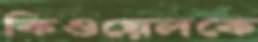
কিওয়েলকে